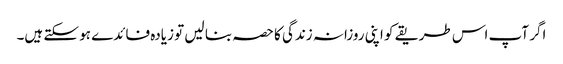
اگر آپ اس طریقے کو اپنی روزانہ زندگی کا حصہ بنا لیں تو زیادہ فائدے ہو سکتے ہیں۔